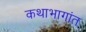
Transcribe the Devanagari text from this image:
कथाभागांत